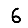
Digit: 6